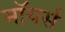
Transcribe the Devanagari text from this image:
मॉयर्स